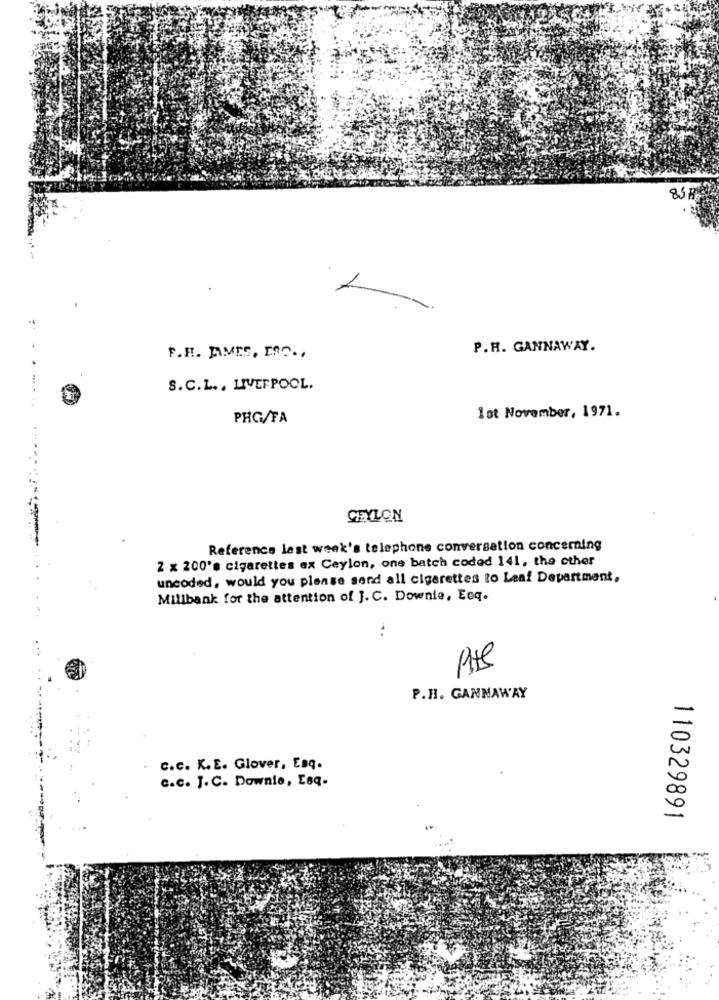
85 POR
P.H. GANNAWAY.
F.H. JAMES, ESC ..
S.C.L. . LIVERPOOL.
PHG/FA
lot November, 1971.
CEYLON
Reference last week's telephone conversation concerning
2 x 200's cigarettes ex Ceylon, one batch coded 141, the cther
uncoded, would you please send all cigarettes to Leaf Department,
Millbank for the attention of J. C. Downie, Eoq.
P.H. GANNAWAY
c.c. K.E. Glover, Esq.
c.c. J.C. Downie, Esq.
110329891